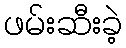
ဖမ်းဆီးခဲ့